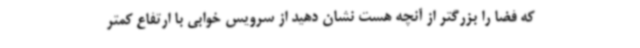
که فضا را بزرگتر از آنچه هست نشان دهید از سرویس خوابی با ارتفاع کمتر